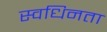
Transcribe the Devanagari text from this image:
स्वधिनता